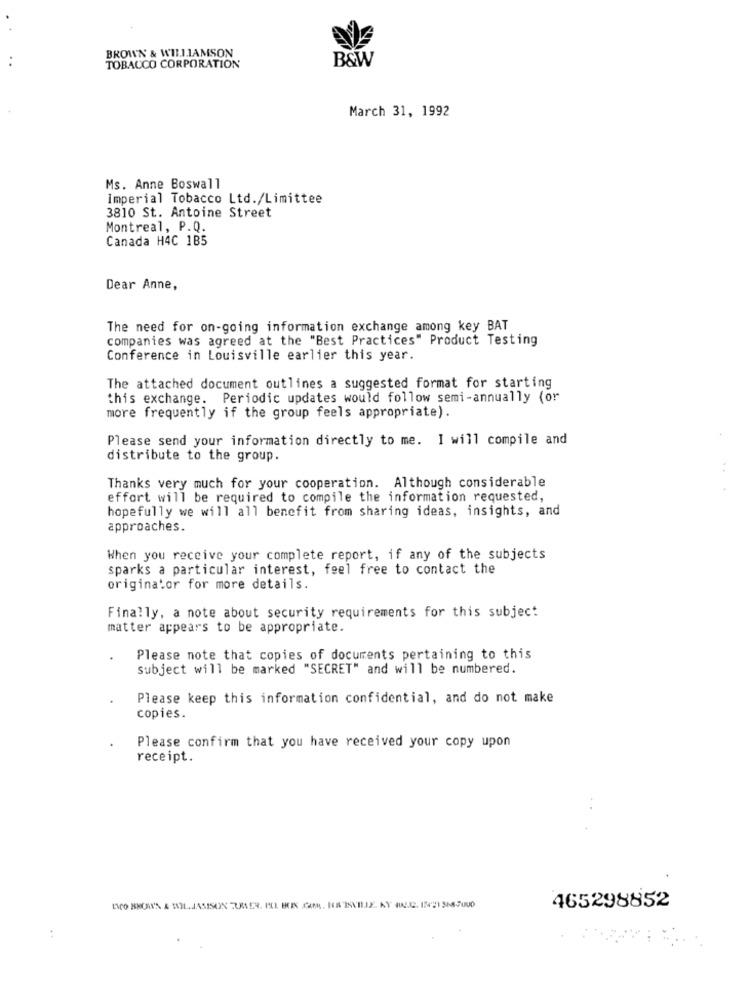
BROWN & WILLIAMSON
B&W
TOBACCO CORPORATION
March 31, 1992
Ms. Anne Boswall
Imperial Tobacco Ltd./Limittee
3810 St. Antoine Street
Montreal, P.Q.
Canada H4C 1B5
Dear Anne,
The need for on-going information exchange among key BAT
companies was agreed at the "Best Practices" Product Testing
Conference in Louisville earlier this year.
The attached document outlines a suggested format for starting
this exchange. Periodic updates would follow semi-annually (or
more frequently if the group feels appropriate).
Please send your information directly to me. I will compile and
distribute to the group.
Thanks very much for your cooperation. Although considerable
effort will be required to compile the information requested,
hopefully we will all benefit from sharing ideas, insights, and
approaches.
When you receive your complete report, if any of the subjects
sparks a particular interest, feel free to contact the
originator for more details.
Finally, a note about security requirements for this subject
matter appears to be appropriate.
Please note that copies of documents pertaining to this
subject will be marked "SECRET" and will be numbered.
Please keep this information confidential, and do not make
copies.
Please confirm that you have received your copy upon
receipt.
465298852